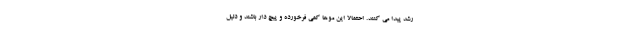
رشد پیدا می کنند. احتمالا این موها کمی فرخورده و پیچ دار باشند و دلیل